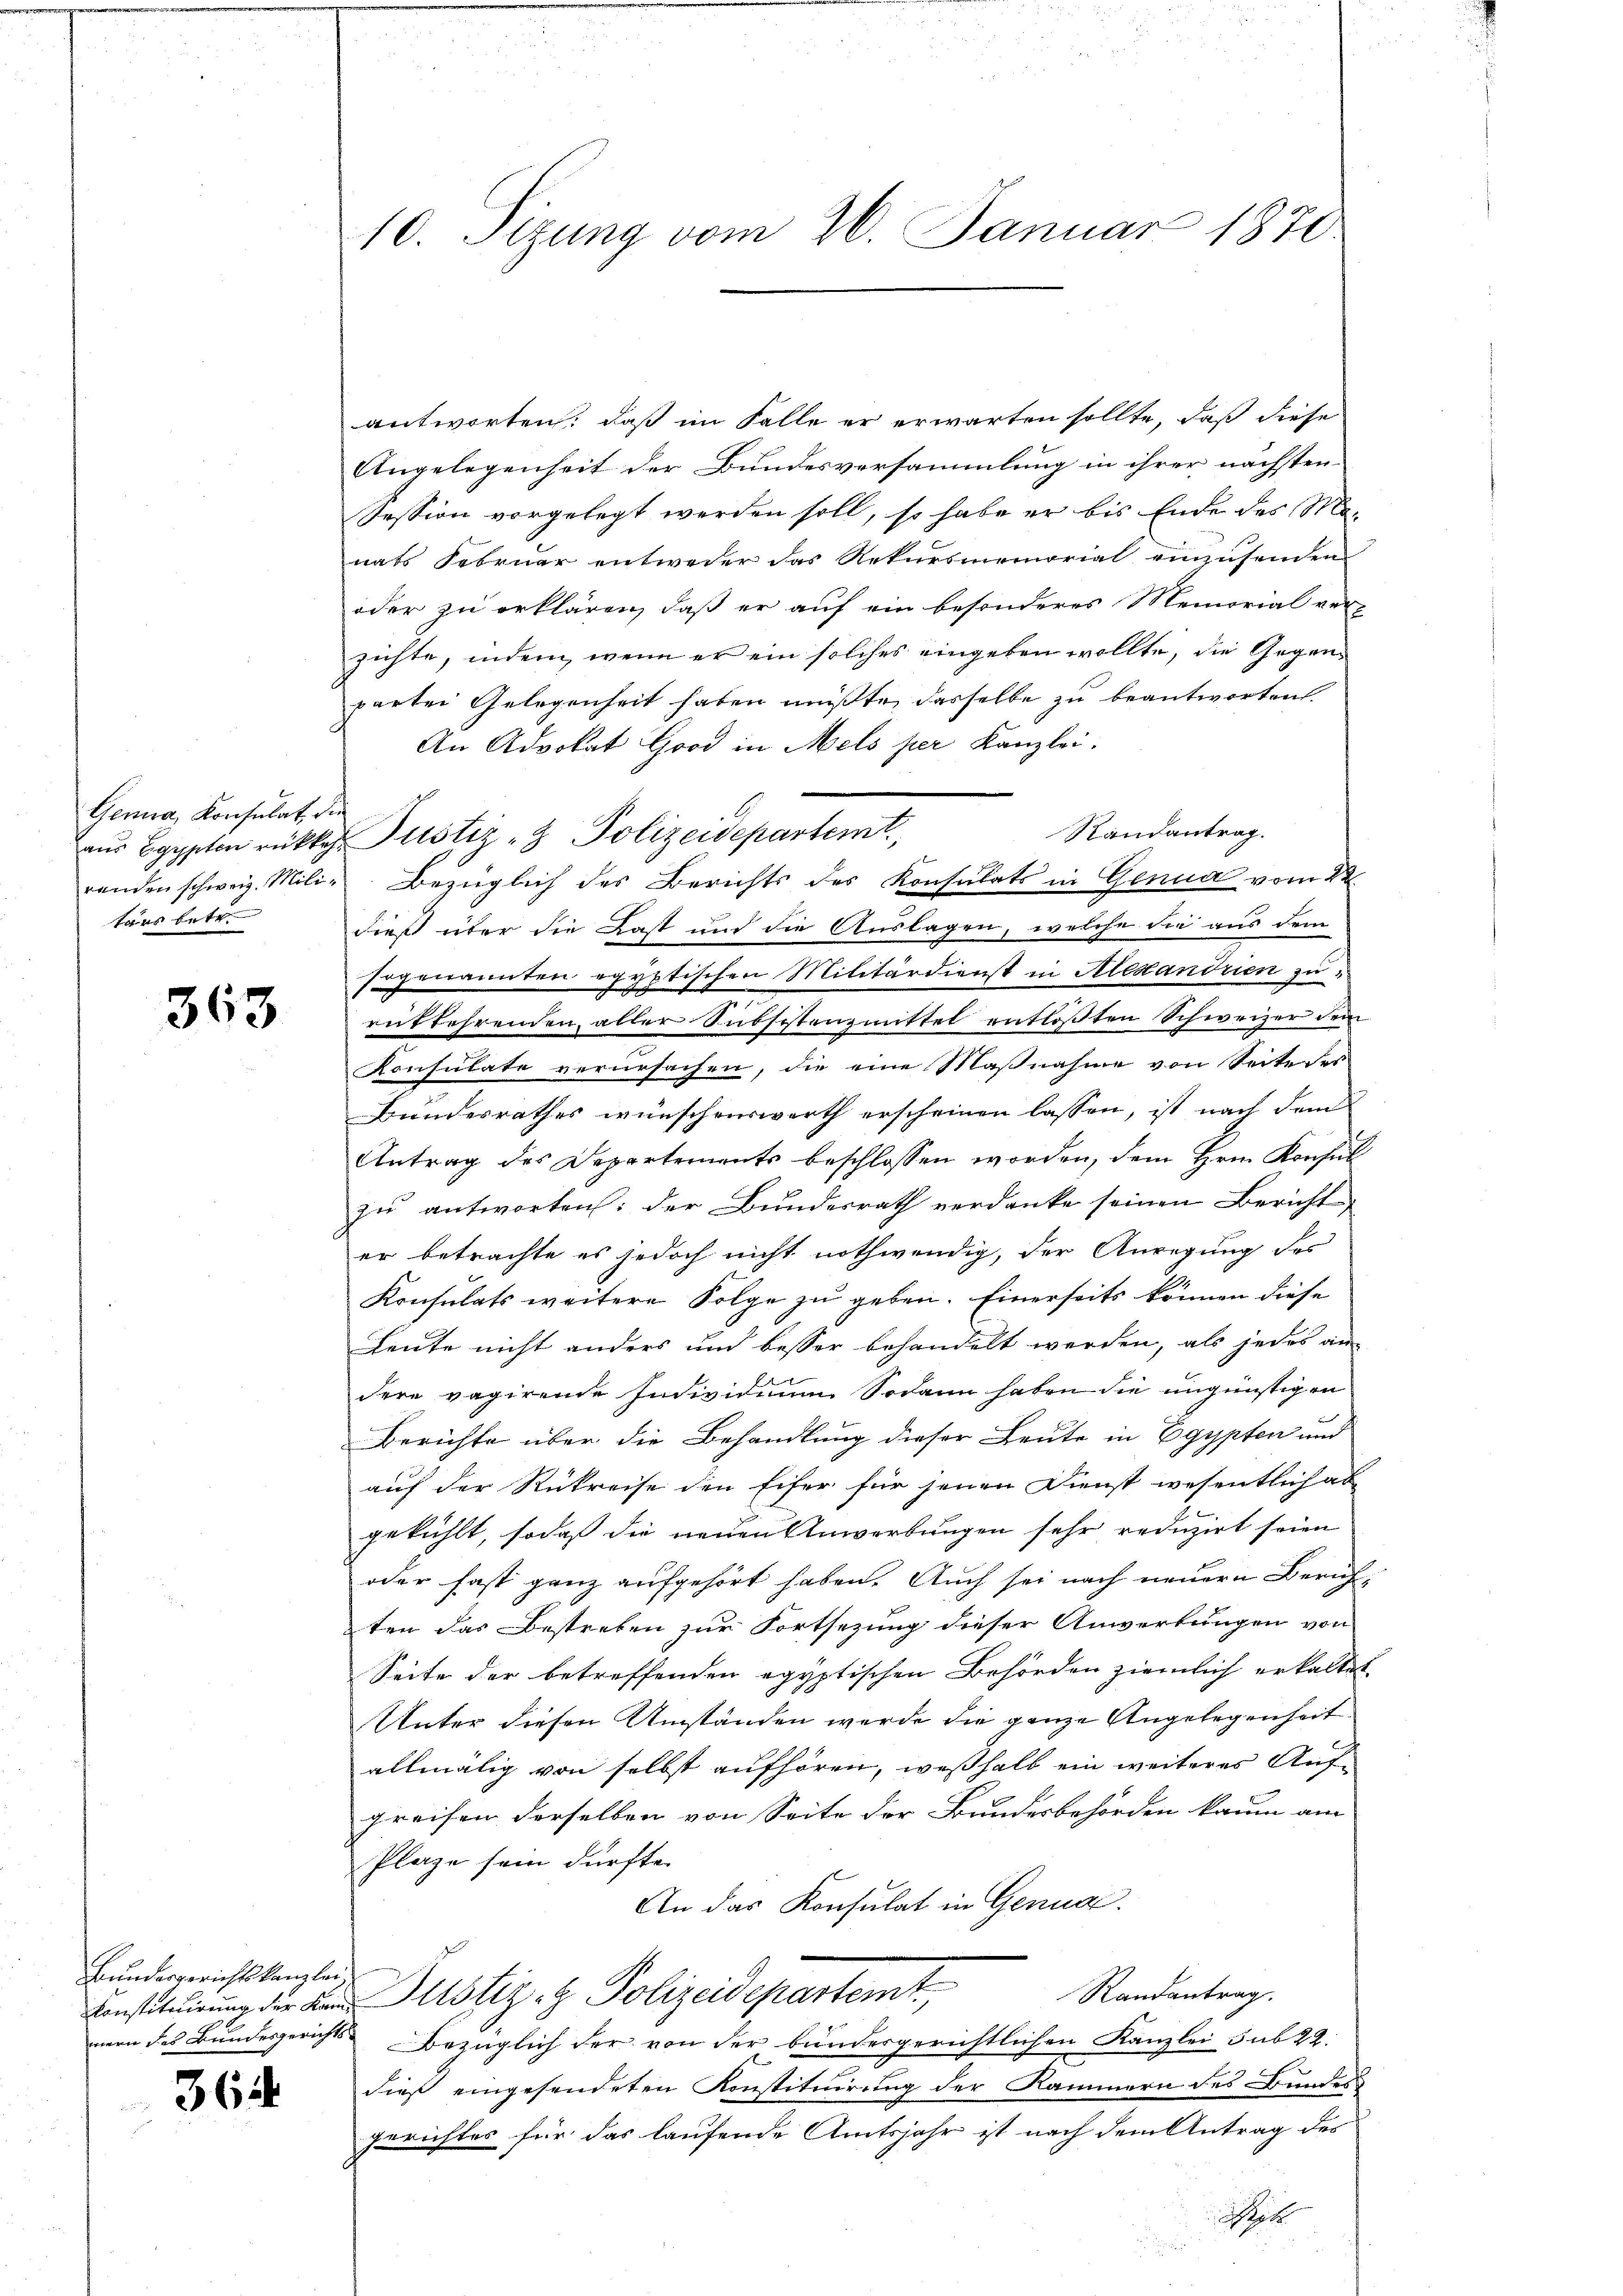
Genua, Konsulat die
tärs betr.

363

Bundesgerichtskanzlei.

364

n
10. Sizung vom 26. Januar 1870.

antworten, daß im Falle er erwarten sollte, daß diese
Angelegenheit der Bundesversammlung in ihrer nächsten
Session vorgelegt werden soll, so habe er bis Ende des Monats Februar entweder das Rekursmemorial einzusenden
oder zu erklären, daß er auf ein besonderes Memorial ver-
zichte, indem, wenn er ein solches eingeben wollte, die Gegenpartei Gelegenheit haben müßte, dasselbe zu beantworten.
An Advokat Good in Mels per Kanzlei.
Randantrag.
zur Egypten rücklich Justiz- & Polizeidepartemt,
renden schweiz. Mili- Bezüglich des Berichts des Konsulats in Genua vom 22.
dieß über die Last und die Auslagen, welche die aus dem
sogenannten egyptischen Militärdienst in Alexandrien zurükkehrenden, aller Subsistenzmittel entlößten Schweizer dem
Konsulate verursachen, die eine Maßnahme von Seite der
Bundesrathes wünschenswerth erscheinen lassen, ist nach dem
Antrag des Departements beschlossen worden, dem Hrn. Konsul
zu antworten: der Bundesrath verdanke seinen Bericht
er betrachte es jedoch nicht nothwendig, der Anregung des
Konsulats weitere Folge zu geben. Einerseits können diese
Leute nicht anders und besser behandelt werden, als jedes an-
dere vagirende Individium Sodann haben die ungünstigen
Berichte über die Behandlung dieser Leute in Egypten und
auf der Rükreise den Eifer für jenen Dienst wesentlich ab
gekühlt, sodaß die neuen Anwerbungen sehr reduzirt seien
oder fast ganz aufgehört haben. Auch sei nach neuern Zürichten das Bestreben zur Fortsetzung dieser Anwertungen von
Seite der betreffenden egyptischen Behörden ziemlich erkaltet
Unter diesen Umständen werde die ganze Angelegenheit
allmälig von selbst aufhören, weßhalb ein weiteres Aufgreifen derselben von Seite der Bundesbehörden kaum am
Plaze sein dürfte.
An das Konsulat in Genua
Randantrag.
Einstituirung der den Justiz & Polizeidepartemt,
mern des Bundesgerichts Bezüglich der von der bundesgerichtlichen Kanzlei sub 22:
dieß eingesendeten Konstituirung der Kammern des Bundes
gerichtes für das laufende Amtsjahr ist nach dem Antrag des
h
d